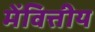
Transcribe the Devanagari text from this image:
मेंवित्तीय